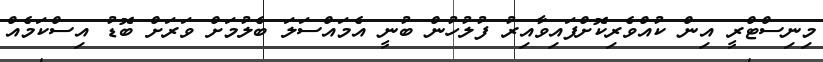
މިނިސްޓްރީ އިން ކުއްވެރިކޮށްފައިވާއިރު ފުލުހުން ބުނީ އެމައްސަލަ ބެލުމަށް ވަރަށް ބޮޑު އިސްކަމެއް